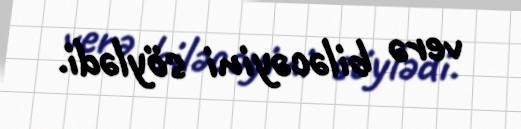
verə biləcəyini söylədi.